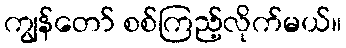
ကျွန်တော် စစ်ကြည့်လိုက်မယ်။